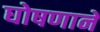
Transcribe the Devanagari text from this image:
घोषणाने